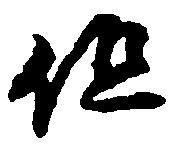
但